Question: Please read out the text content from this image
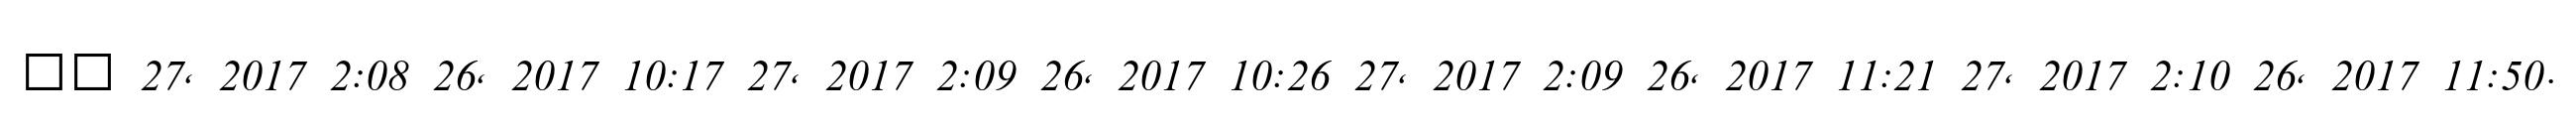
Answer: ?? 27, 2017 2:08 26, 2017 10:17 27, 2017 2:09 26, 2017 10:26 27, 2017 2:09 26, 2017 11:21 27, 2017 2:10 26, 2017 11:50.